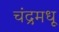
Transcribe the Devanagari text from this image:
चंद्रमधू